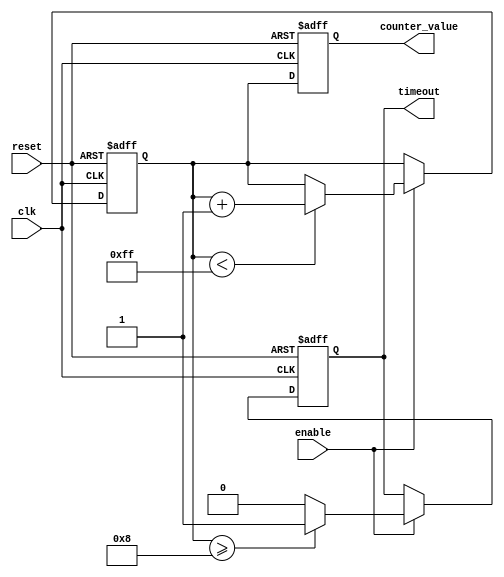
module MemoryBlocksTimeoutCounter #(
    parameter N = 8,               // Number of bits for the counter
    parameter TIMEOUT_THRESHOLD = 8 // Predefined timeout threshold value
)(
    input wire clk,                // Clock signal
    input wire reset,              // Asynchronous reset signal
    input wire enable,             // Enable signal to start counting
    output reg timeout,            // Timeout signal
    output reg [N-1:0] counter_value // Current count value (optional)
);

    // Counter register
    reg [N-1:0] counter;

    // Always block for counter and timeout logic
    always @(posedge clk or posedge reset) begin
        if (reset) begin
            // Reset the counter and timeout signal
            counter <= 0;
            timeout <= 1'b0;
        end else if (enable) begin
            // Increment the counter while enabled
            if (counter < (1 << N) - 1) begin // Check for maximum value to prevent overflow
                counter <= counter + 1;
            end
            // Check for timeout condition
            if (counter >= TIMEOUT_THRESHOLD) begin
                timeout <= 1'b1; // Assert timeout if threshold is met
            end else begin
                timeout <= 1'b0; // Deassert timeout otherwise
            end
        end
    end

    // Assign the current counter value to the output
    always @(posedge clk or posedge reset) begin
        if (reset) begin
            counter_value <= 0;
        end else begin
            counter_value <= counter; // Update counter value output
        end
    end

endmodule